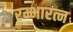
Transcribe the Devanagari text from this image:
रम्भारत्न